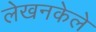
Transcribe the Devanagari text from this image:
लेखनकेले